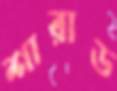
শারাড